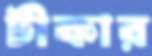
টীকার